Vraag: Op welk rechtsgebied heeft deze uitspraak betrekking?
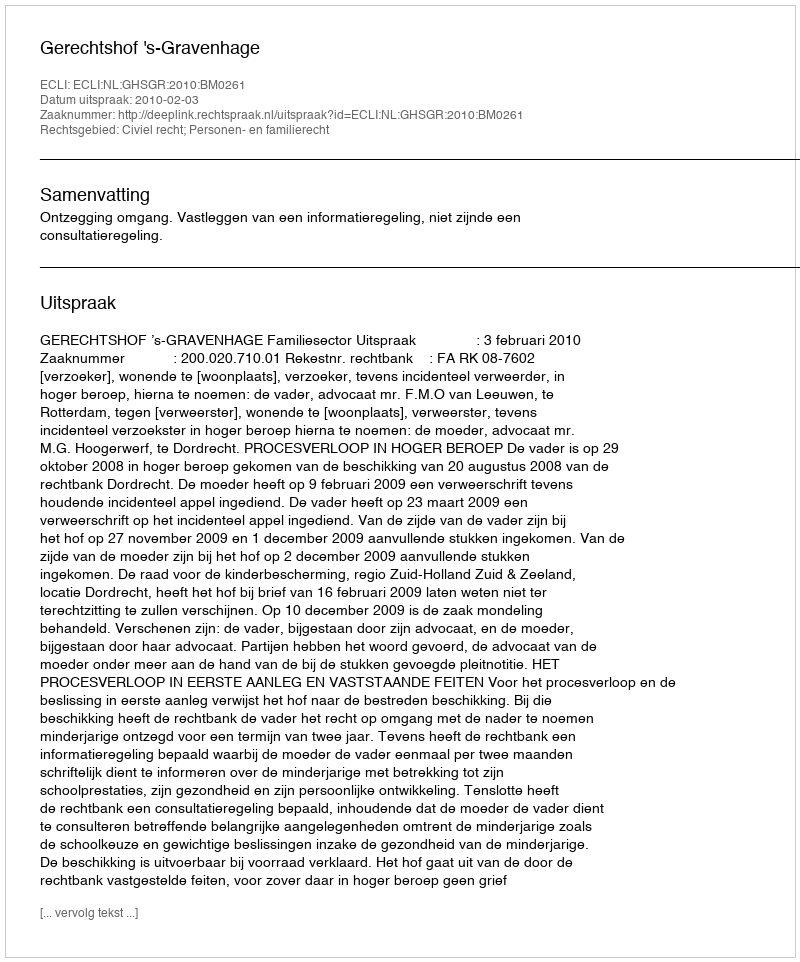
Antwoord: Civiel recht; Personen- en familierecht